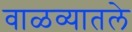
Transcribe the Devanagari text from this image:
वाळव्यातले